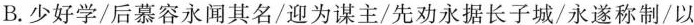
B.少好学/后慕容永闻其名/迎为谋主/先劝永据长子城/永遂称制/以